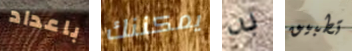
باعداد يمكننك به تطبيق